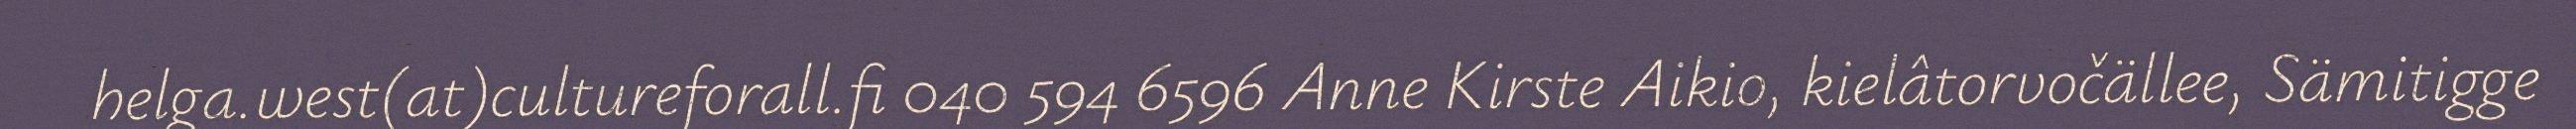
helga.west(at)cultureforall.fi 040 594 6596 Anne Kirste Aikio, kielâtorvočällee, Sämitigge